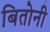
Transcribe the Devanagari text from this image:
बितोनी